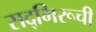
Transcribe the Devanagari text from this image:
सद्‌भिरूची